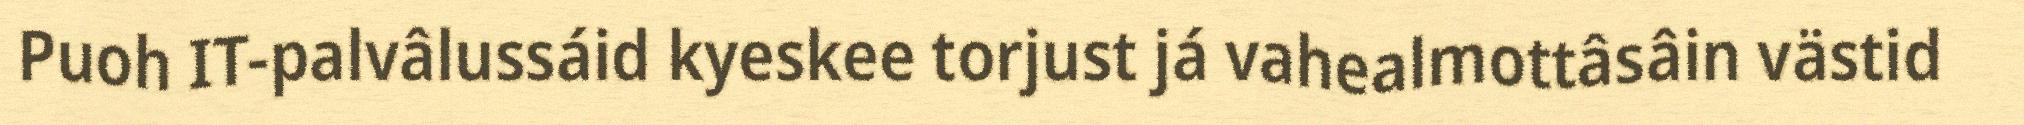
Puoh IT-palvâlussáid kyeskee torjust já vahealmottâsâin västid